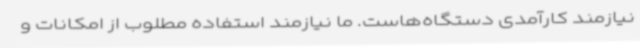
نیازمند کارآمدی دستگاه‌هاست. ما نیازمند استفاده مطلوب از امکانات و